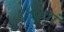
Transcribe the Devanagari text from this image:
१५३वां